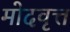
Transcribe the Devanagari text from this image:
मोदवृत्त